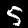
Digit: 5